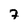
Character: 7